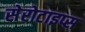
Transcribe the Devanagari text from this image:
सेरोटाइप्स